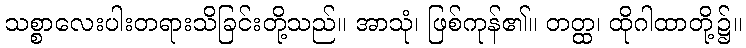
သစ္စာလေးပါးတရားသိခြင်းတို့သည်။ အာသုံ၊ ဖြစ်ကုန်၏။ တတ္ထ၊ ထိုဂါထာတို့၌။